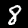
Label: 8